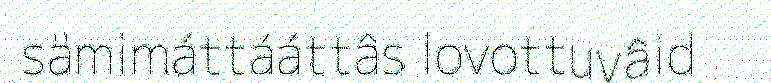
sämimáttááttâs lovottuvâid